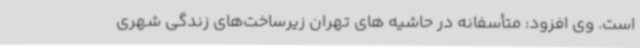
است. وی افزود: متأسفانه در حاشیه های تهران زیرساخت‌های زندگی شهری